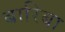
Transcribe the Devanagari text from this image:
बारिबा